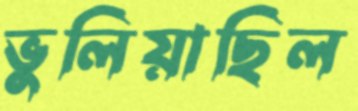
ভুলিয়াছিল